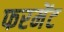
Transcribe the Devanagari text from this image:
फरमेंट